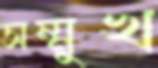
সম্মুখ